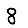
Digit: 8